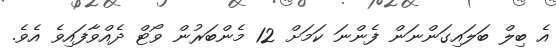
އެ ބިލް ބަލައިގަންނަން ފެންނަ ކަމަށް 12 މެންބަރުން ވޯޓް ދެއްވާފައިވެ އެވެ.